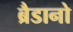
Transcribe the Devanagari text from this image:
ब्रैडानो